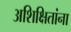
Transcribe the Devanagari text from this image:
अशिक्षितांना